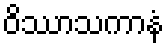
ဝိဿာသကာနံ